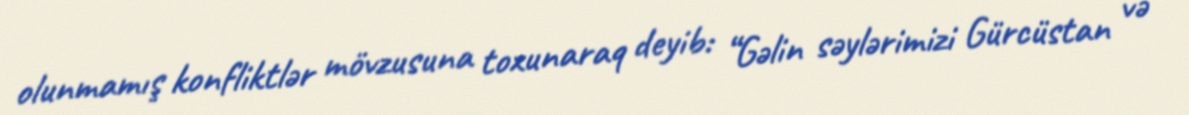
olunmamış konfliktlər mövzusuna toxunaraq deyib: “Gəlin səylərimizi Gürcüstan və